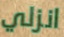
انزلي